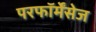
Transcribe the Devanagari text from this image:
परफॉर्मेंसेज